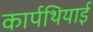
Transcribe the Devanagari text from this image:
कार्पथियाई